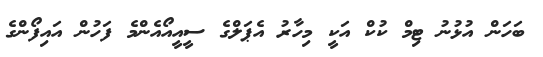
ބަހަން އުޅުނު ޓިމް ކުކް އަކީ މިހާރު އެޕަލްގެ ސީއީއޯއެންމެ ފަހުން އައިފޯންގެ